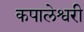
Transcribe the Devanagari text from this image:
कपालेश्वरी